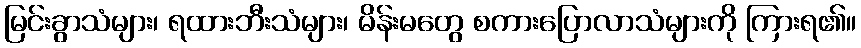
မြင်းခွာသံများ၊ ရထားဘီးသံများ၊ မိန်းမတွေ စကားပြောလာသံများကို ကြားရ၏။